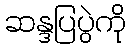
ဆန္ဒပြပွဲကို